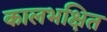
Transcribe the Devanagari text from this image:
कालभक्षित